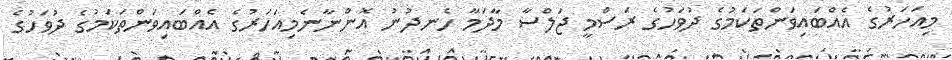
މިއަހަރުގެ އެއްބައިވަންތަކަމުގެ ދުވަހުގެ ރަސްމީ ޖަލްސާ މާދަމާ ހެނދުނު އޮންނާނެމިއަހަރުގެ އެއްބައިވަންތަކަމުގެ ދުވަހުގެ